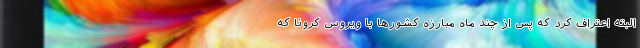
البته اعتراف کرد که پس از چند ماه مبارزه کشورها با ویروس کرونا که